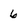
Character: 6